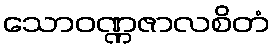
သောဝဏ္ဏဇာလစိတံ